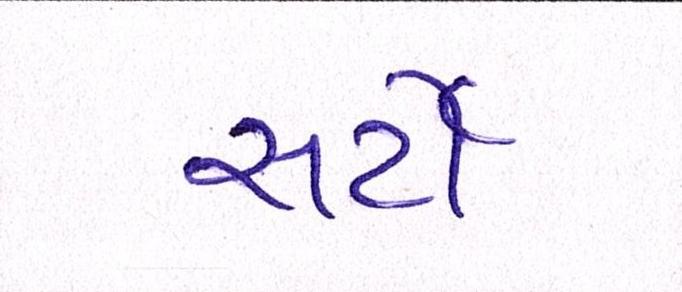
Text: સર્ટી